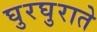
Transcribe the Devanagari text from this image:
घुरघुराते